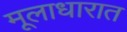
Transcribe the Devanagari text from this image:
मूलाधारात